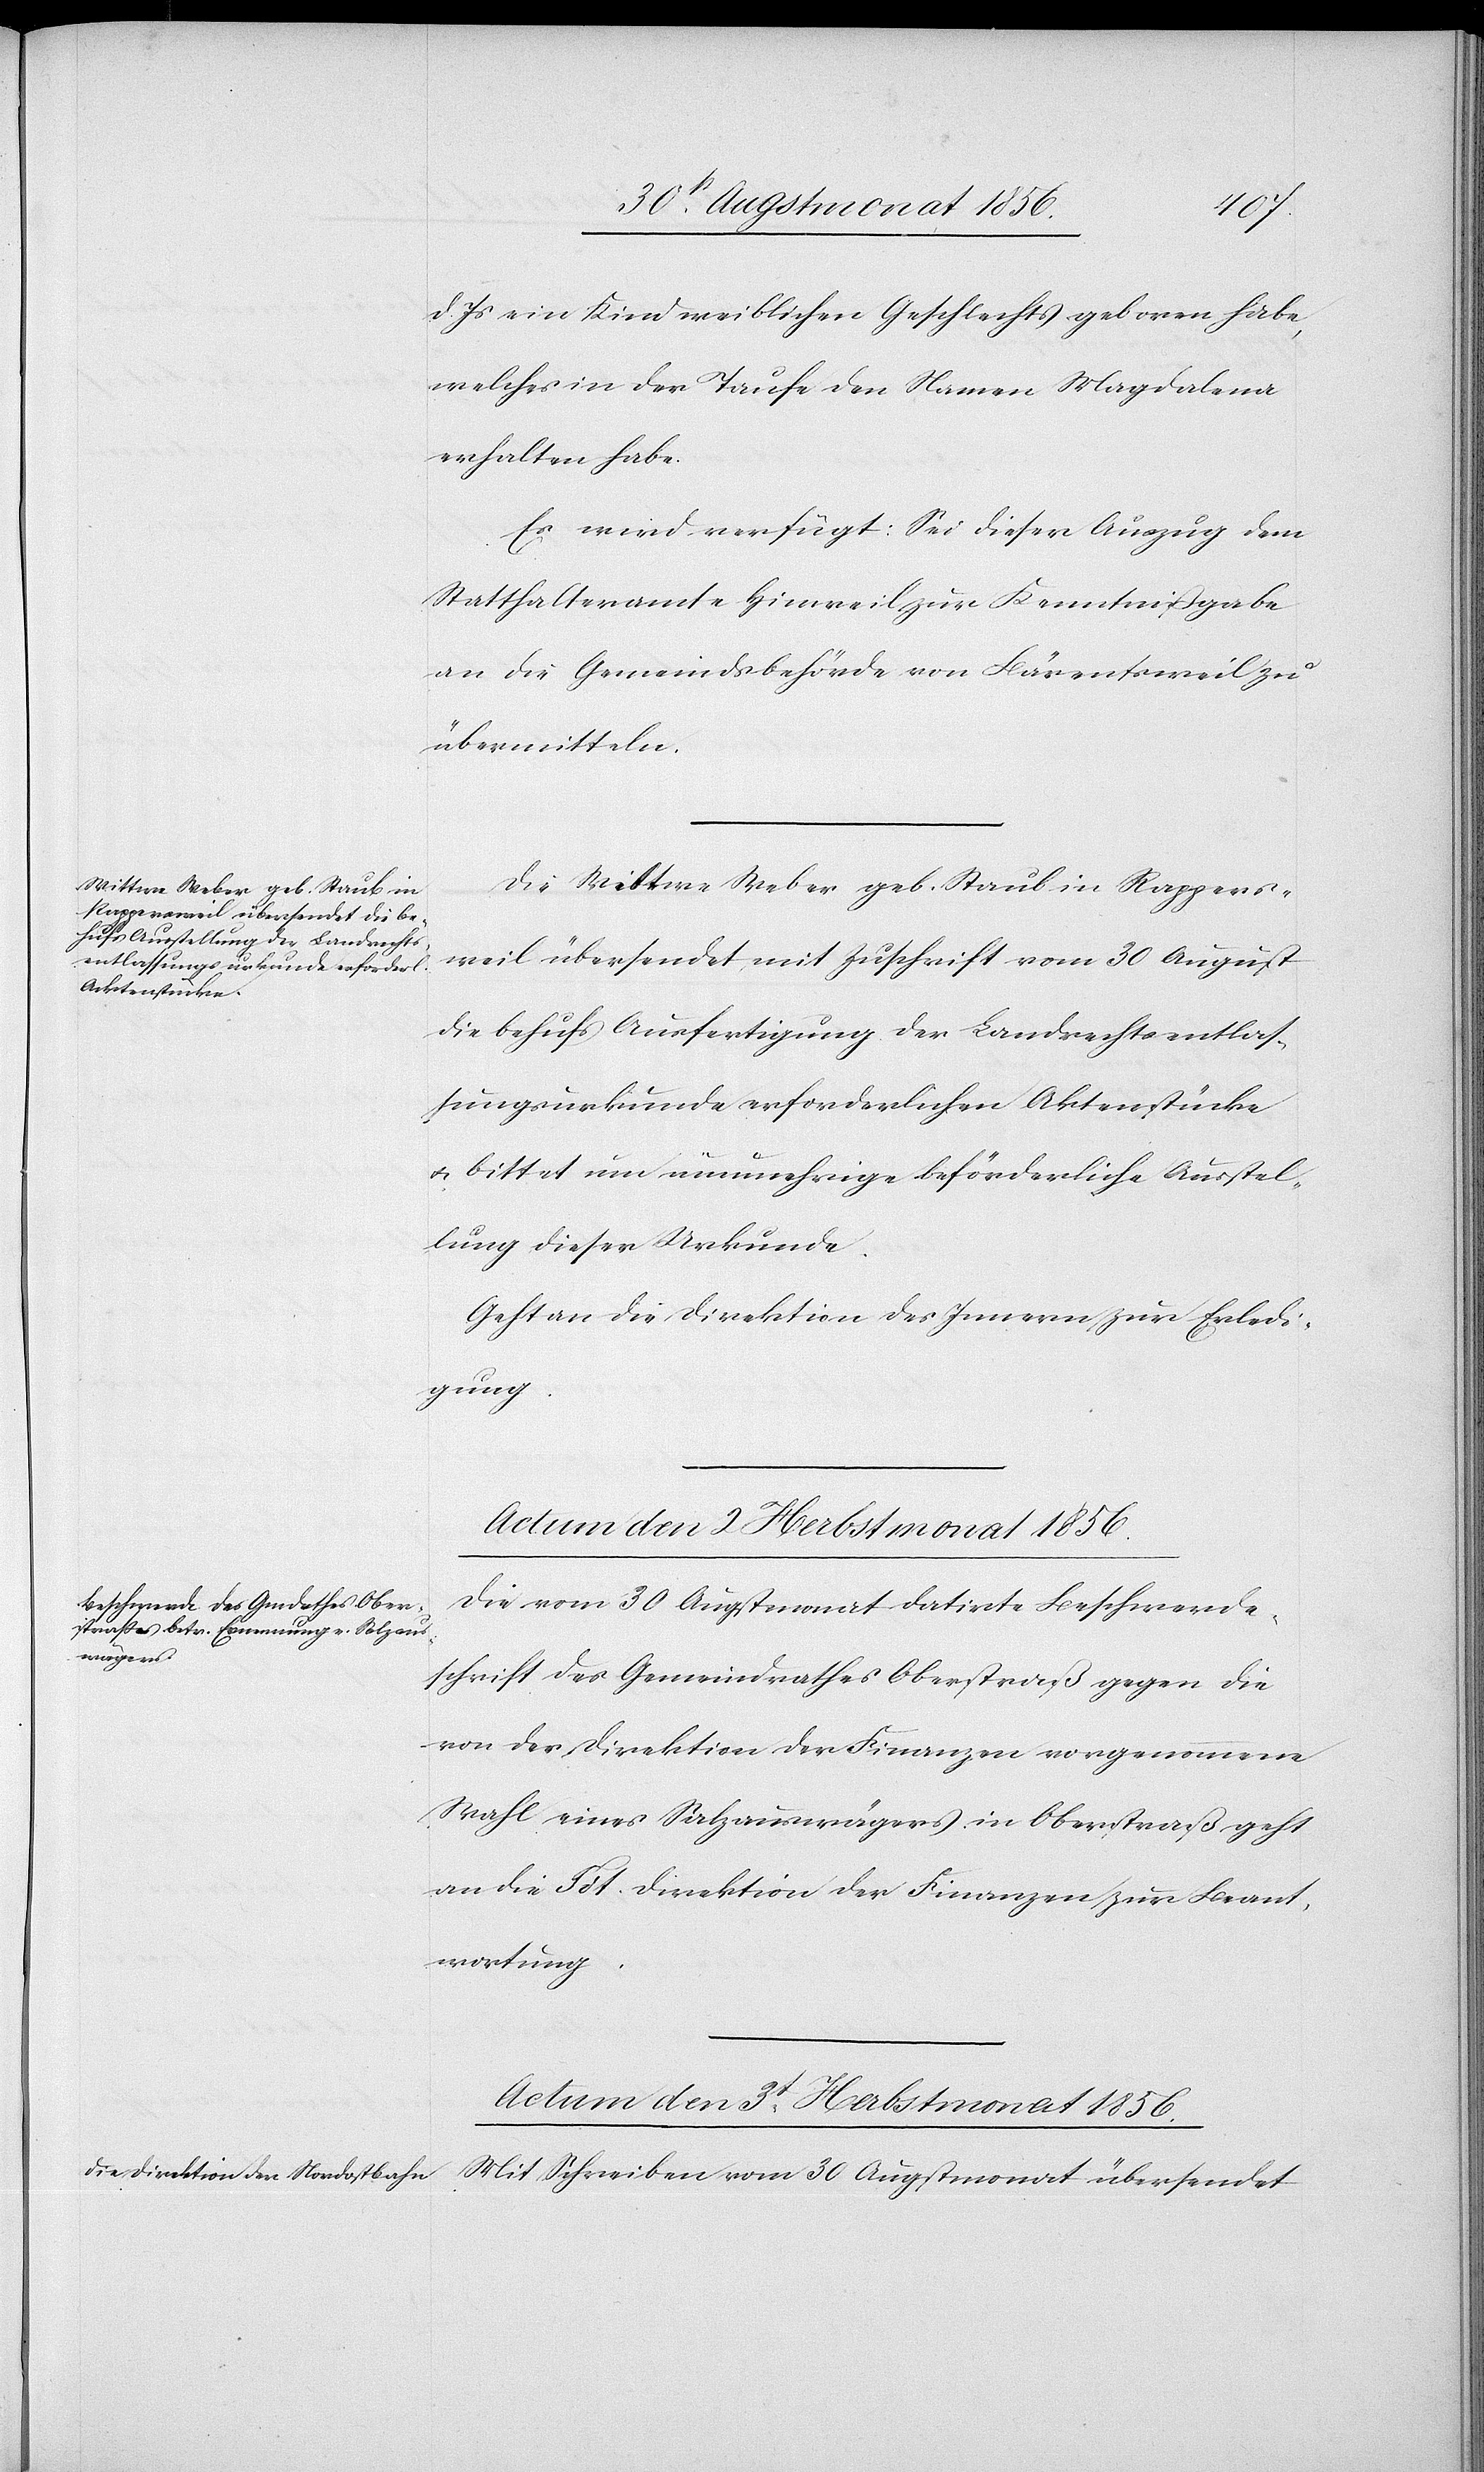
d. Js ein Kind weiblichen Geschlechts geboren habe,
welches in der Taufe den Namen Magdalena
erhalten habe.
Es wird verfügt: Sei dieser Auszug dem
Statthalteramte Hinweil zur Kenntnißgabe
an die Gemeindsbehörde von Bärentsweil zu
übermitteln.
Die Wittwe Weber geb. Staub in Rappers¬
weil übersendet mit Zuschrift vom 30 August
die behufs Ausfertigung der Landrechtsentlas¬
sungsurkunde erforderlichen Aktenstücke
u. bittet um nunmehrige beförderliche Ausstel¬
lung dieser Urkunde.
Geht an die Direktion des Innern zur Erledi¬
gung.
Actum den 3t Herbstmonat 1856.
Die vom 30 Augstmonat datirte Beschwerde¬
schrift des Gemeindrathes Oberstraß gegen die
von der Direktion der Finanzen vorgenommene
Wahl eines Salzauswägers in Oberstraß geht
an die Tit. Direktion der Finanzen zur Beant¬
wortung.
Mit Schreiben vom 30 Augstmonat übersendet